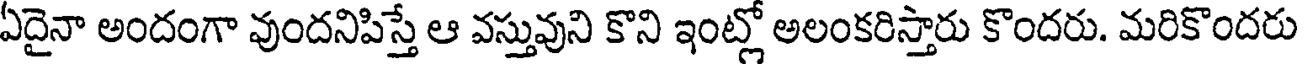
ఏదైనా అందంగా వుందనిపిస్తే ఆ వస్తువుని కొని ఇంట్లో అలంకరిస్తారు కొందరు. మరికొందరు